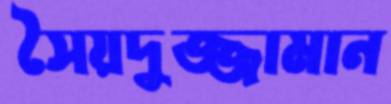
সৈয়দুজ্জামান